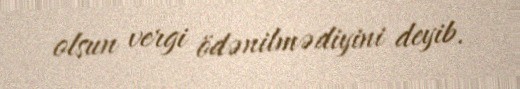
olsun vergi ödənilmədiyini deyib.